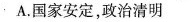
A. 国家安定，政治清明